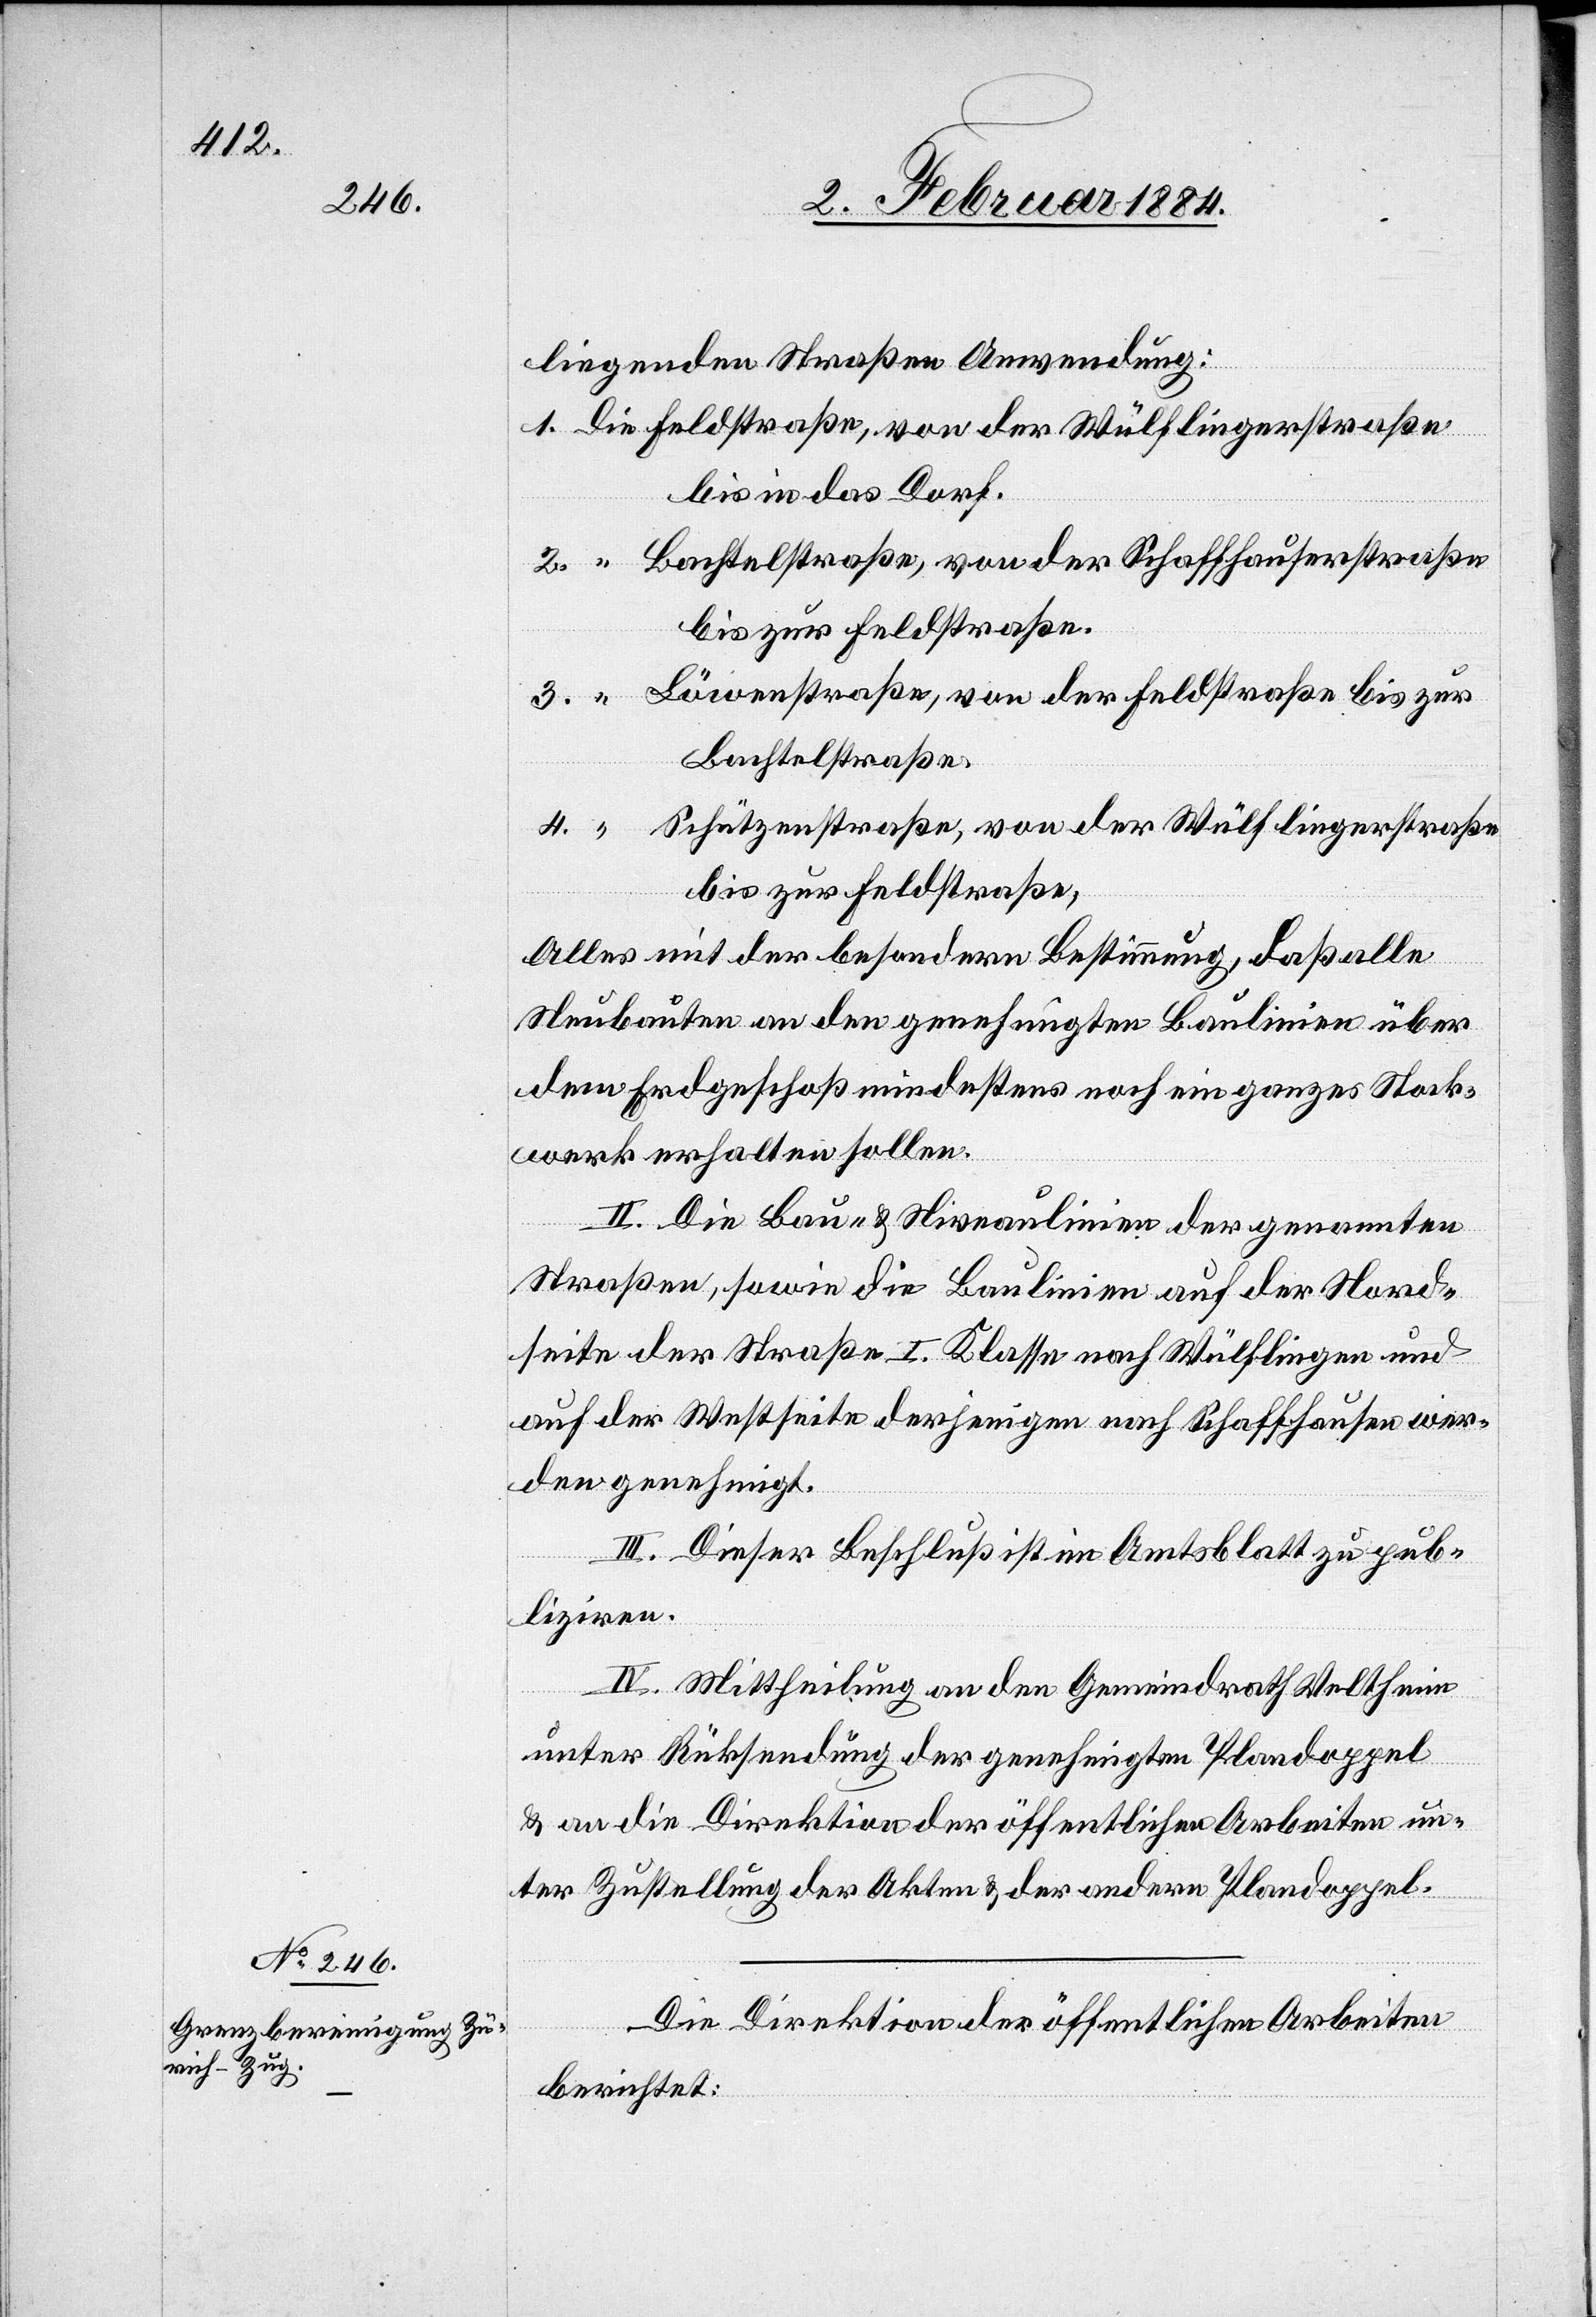
liegenden Straßen Anwendung:
bis in das Dorf.
Bachtelstraße, von der Schaffhauserstraße
bis zur Feldstraße.
Löwenstraße, von der Feldstraße bis zur
Bachtelstraße.
Schützenstraße, von der Wülflingerstraße
bis zur Feldstraße.
Alles mit der besonderen Bestimmung, daß alle
Neubauten an den genehmigten Baulinien über
dem Erdgeschoß mindestens noch ein ganzes Stock¬
werk erhalten sollen.
II. Die Bau- & Niveaulinien der genannten
Straßen, sowie die Baulinien auf der Nord¬
seite der Straßen I. Klasse nach Wülflingen und
auf der Westseite derjenigen nach Schaffhausen wer¬
den genehmigt.
III. Dieser Beschluß ist im Amtsblatt zu pub¬
liziren.
IV. Mittheilung an den Gemeindrath Veltheim
unter Rücksendung der genehmigten Plandoppel
& an die Direktion der öffentlichen Arbeiten un¬
ter Zustellung der Akten & der andern Plandoppel.
Die Direktion der öffentlichen Arbeiten
berichtet: